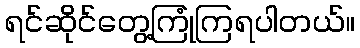
ရင်ဆိုင်တွေ့ကြုံကြရပါတယ်။